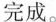
完成。